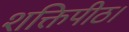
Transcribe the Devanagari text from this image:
शक्तिपीठ।